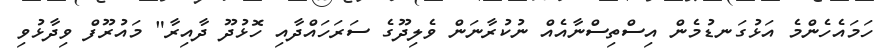
ހަމައެހެންމެ އަޅުގަނޑުމެން އިސްތިސްނާއެއް ނުކުރާނަން ވެލިދޫގެ ސަރަހައްދާއި ހޮޅުދޫ ދާއިރާ" މައުރޫފް ވިދާޅުވި